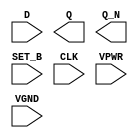
module sky130_fd_sc_hs__dfsbp (
    //# {{data|Data Signals}}
    input  D    ,
    output Q    ,
    output Q_N  ,

    //# {{control|Control Signals}}
    input  SET_B,

    //# {{clocks|Clocking}}
    input  CLK  ,

    //# {{power|Power}}
    input  VPWR ,
    input  VGND
);
endmodule